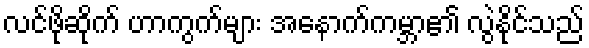
လင်ဖိုဆိုက် ဟာကွက်များ အနောက်ကမ္ဘာ၏ လွဲနိုင်သည်